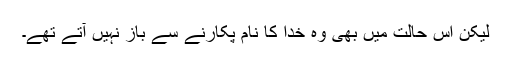
لیکن اس حالت میں بھی وہ خدا کا نام پکارنے سے باز نہیں آتے تھے۔